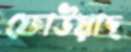
ফোউয়াদ